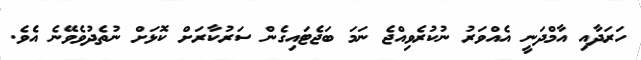
ހަރަދާއި އާމްދަނީ އެއްވަރު ނުކުރެވިއްޖެ ނަމަ ބަޖެޓައިގެން ސަރުކާރަށް ކޮޅަށް ނުތެދުވެވޭނެ އެވެ.